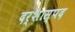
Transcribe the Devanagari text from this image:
दर्शास्पद